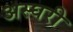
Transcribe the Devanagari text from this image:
अस्घरी